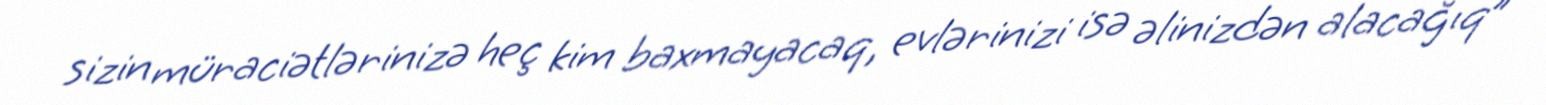
sizin müraciətlərinizə heç kim baxmayacaq, evlərinizi isə əlinizdən alacağıq”